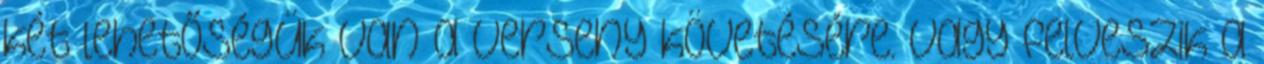
két lehetőségük van a verseny követésére. Vagy felveszik a